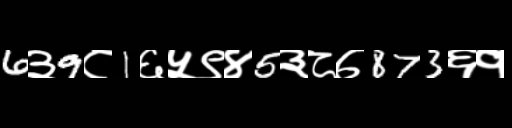
Text: 6३9८1६५९४5३८७873६१